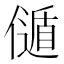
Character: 𠎻